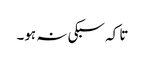
تا کہ سبکی نہ ہو۔